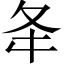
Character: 夅